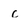
Character: c